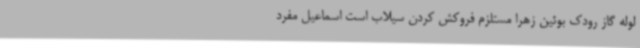
لوله گاز رودک بوئین زهرا مستلزم فروکش کردن سیلاب است اسماعیل مفرد